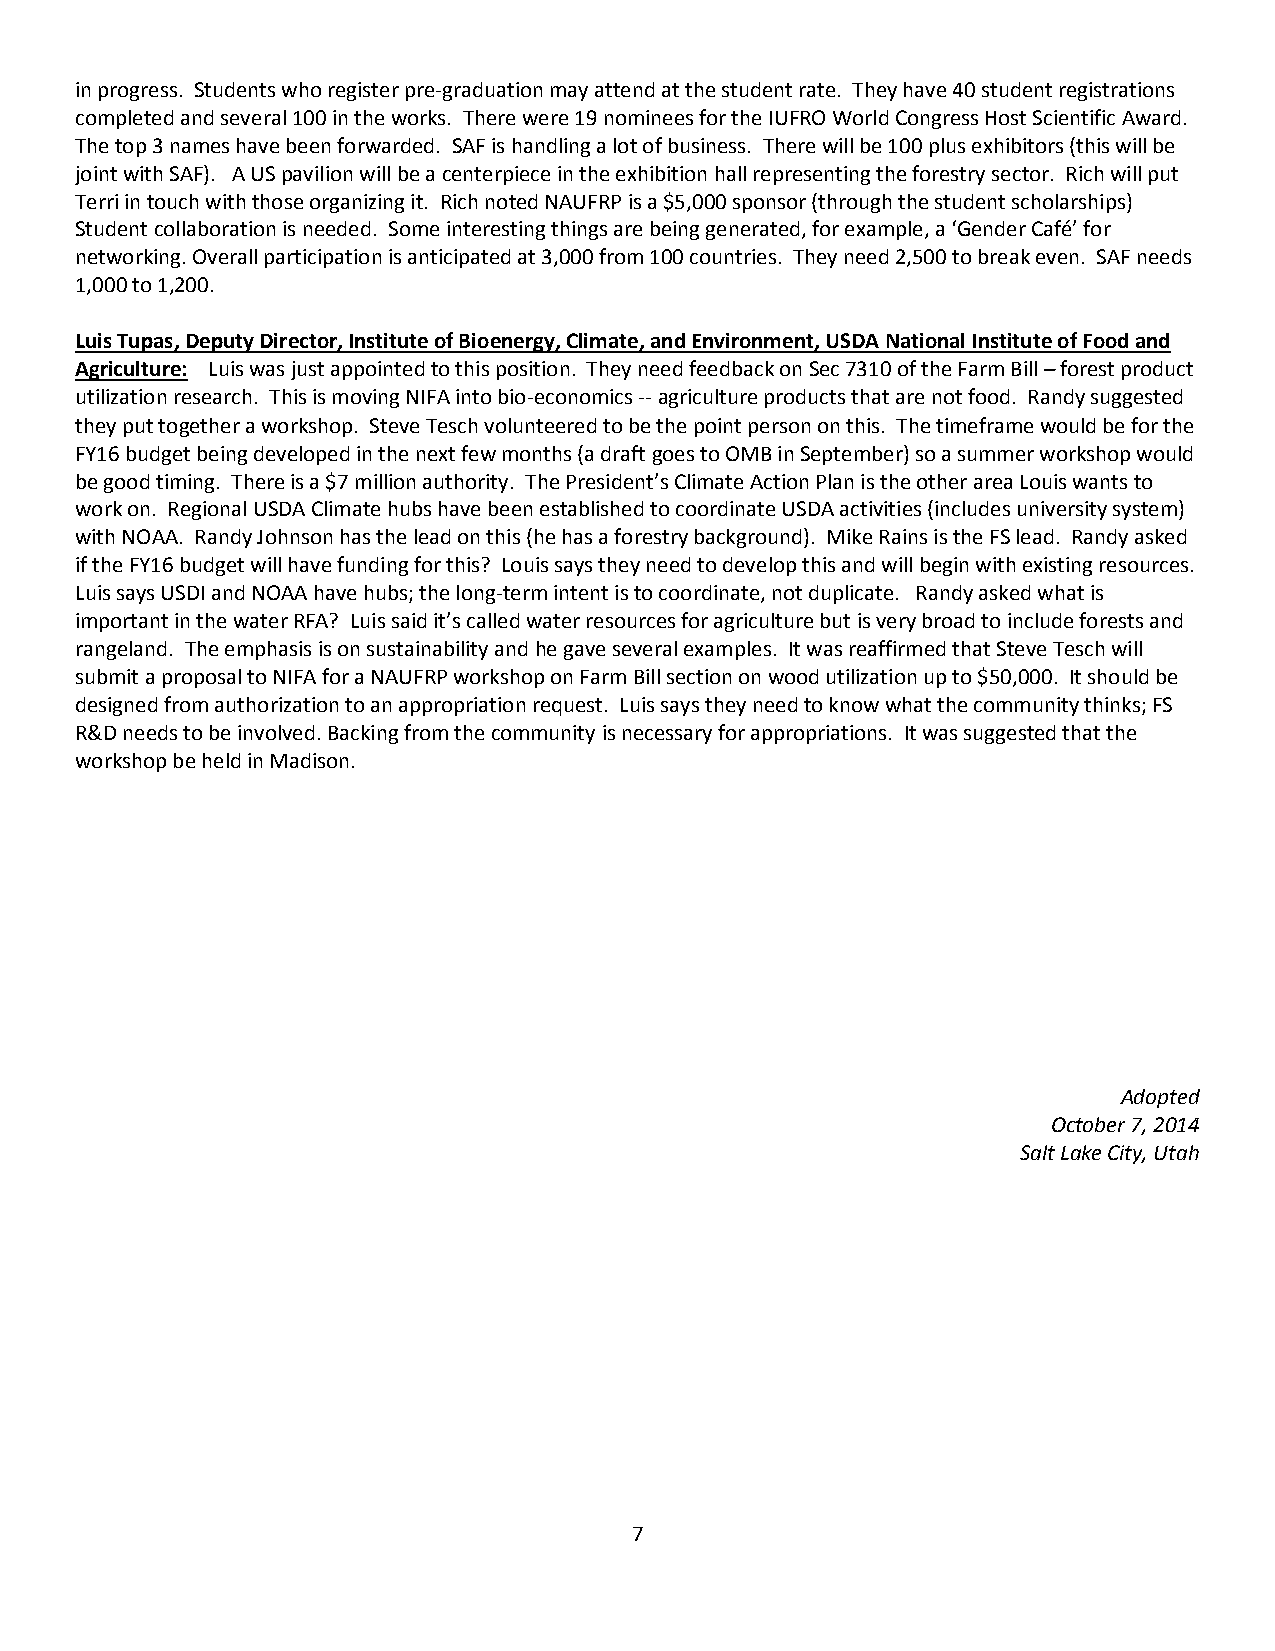
in progress. Students who register pre-graduation may attend at the student rate. They have 40 student registrations
 completed and several 100 in the works. There were 19 nominees for the IUFRO World Congress Host Scientific Award.
 The top 3 names have been forwarded. SAF is handling a lot of business. There will be 100 plus exhibitors (this will be
 joint with SAF). A US pavilion will be a centerpiece in the exhibition hall representing the forestry sector. Rich will put
 Terri in touch with those organizing it. Rich noted NAUFRP is a $5,000 sponsor (through the student scholarships)
 Student collaboration is needed. Some interesting things are being generated, for example, a ‘Gender Café’ for
 networking. Overall participation is anticipated at 3,000 from 100 countries. They need 2,500 to break even. SAF needs
 1,000 to 1,200.
 Luis Tupas, Deputy Director, Institute of Bioenergy, Climate, and Environment, USDA National Institute of Food and
 Agriculture: Luis was just appointed to this position. They need feedback on Sec 7310 of the Farm Bill – forest product
 utilization research. This is moving NIFA into bio-economics -- agriculture products that are not food. Randy suggested
 they put together a workshop. Steve Tesch volunteered to be the point person on this. The timeframe would be for the
 FY16 budget being developed in the next few months (a draft goes to OMB in September) so a summer workshop would
 be good timing. There is a $7 million authority. The President’s Climate Action Plan is the other area Louis wants to
 work on. Regional USDA Climate hubs have been established to coordinate USDA activities (includes university system)
 with NOAA. Randy Johnson has the lead on this (he has a forestry background). Mike Rains is the FS lead. Randy asked
 if the FY16 budget will have funding for this? Louis says they need to develop this and will begin with existing resources.
 Luis says USDI and NOAA have hubs; the long-term intent is to coordinate, not duplicate. Randy asked what is
 important in the water RFA? Luis said it’s called water resources for agriculture but is very broad to include forests and
 rangeland. The emphasis is on sustainability and he gave several examples. It was reaffirmed that Steve Tesch will
 submit a proposal to NIFA for a NAUFRP workshop on Farm Bill section on wood utilization up to $50,000. It should be
 designed from authorization to an appropriation request. Luis says they need to know what the community thinks; FS
 R&D needs to be involved. Backing from the community is necessary for appropriations. It was suggested that the
 workshop be held in Madison.
 Adopted
 October 7, 2014
 Salt Lake City, Utah
 7